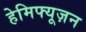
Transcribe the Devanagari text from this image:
हेमिफ्यूज़न